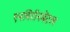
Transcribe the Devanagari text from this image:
एनविरॉनमेंटल